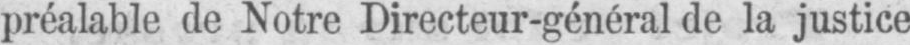
préalable de Notre Directeur-général de la justice